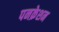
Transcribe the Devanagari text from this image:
पनक्रेशन